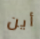
أين